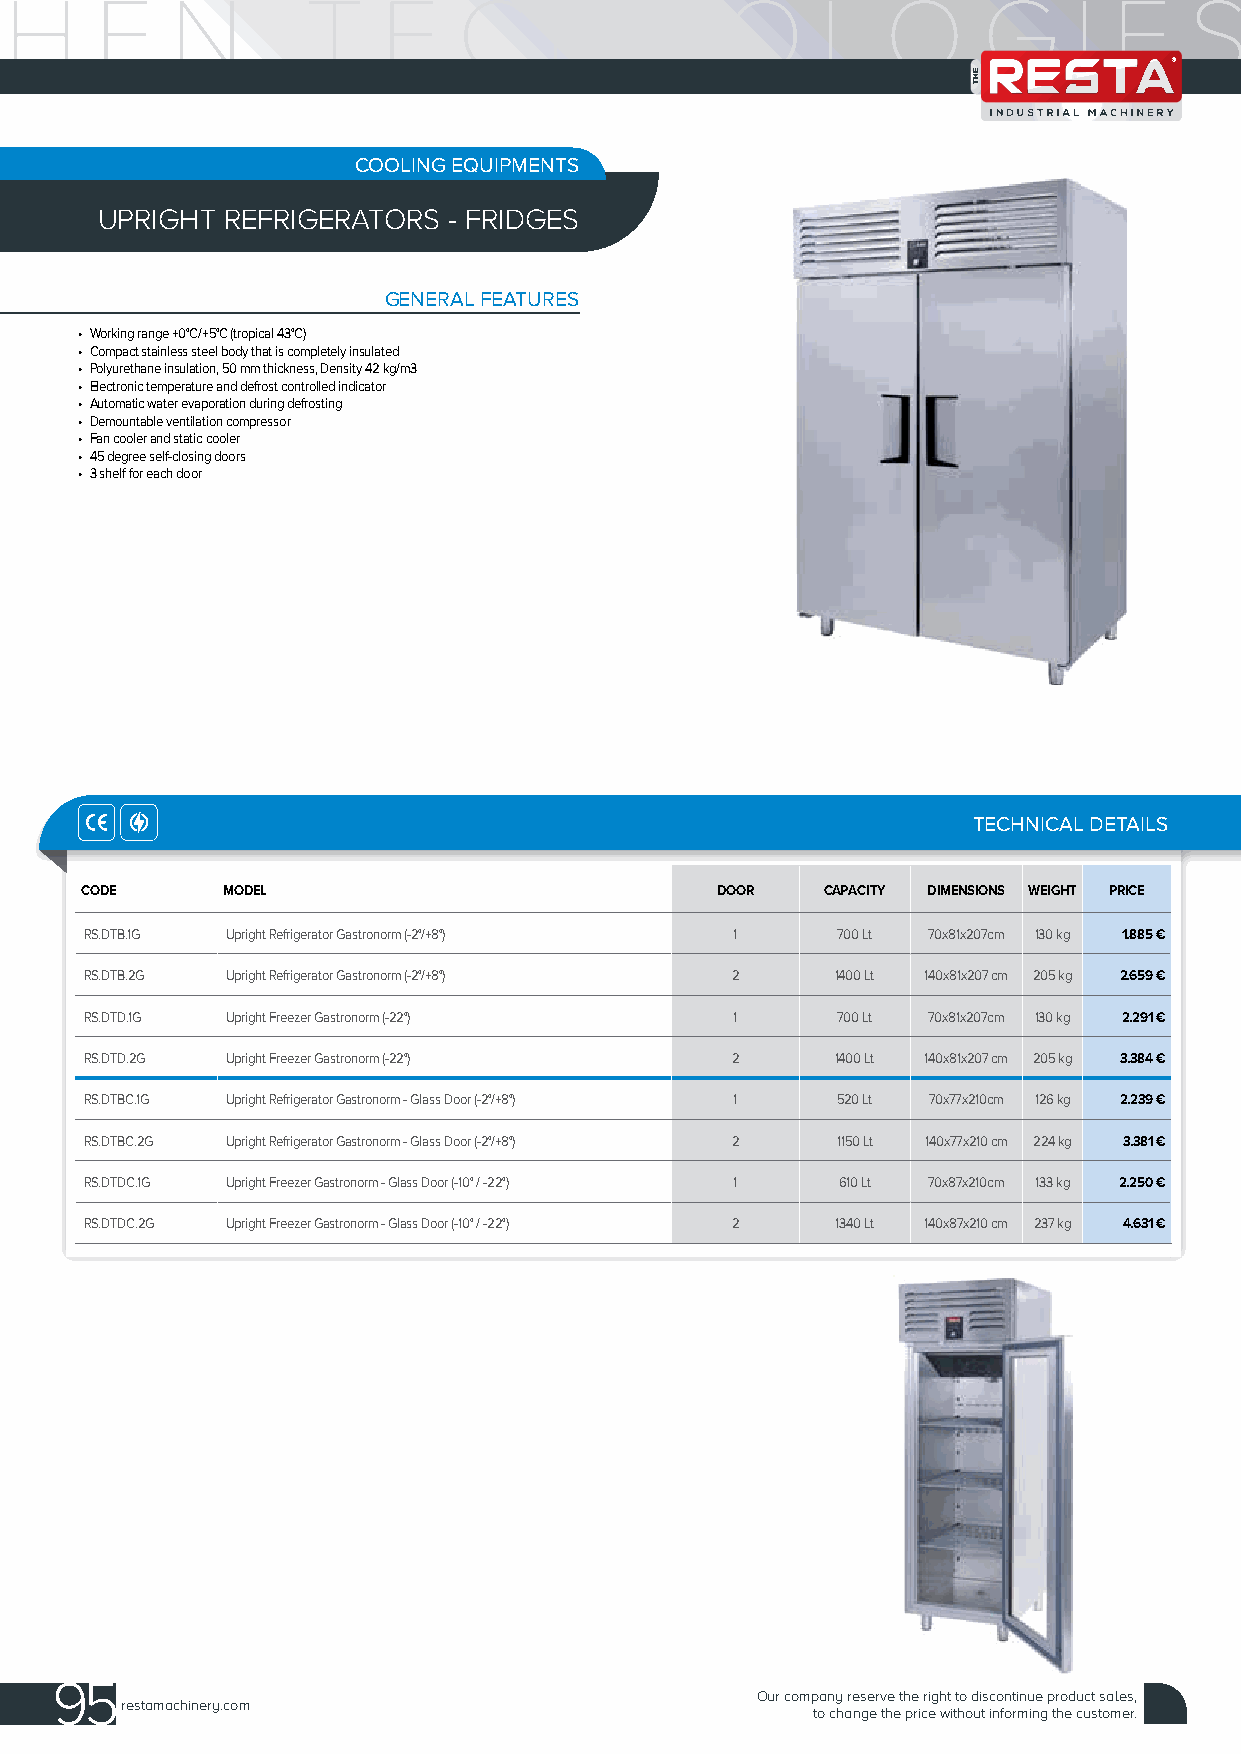
COOLING EQUIPMENTS
 UPRIGHT REFRIGERATORS  - FRIDGES
 GENERAL FEATURES
 • Working range +0°C/+5°C (tropical 43°C)
 • Compact stainless steel body that is completely insulated
 • Polyurethane insulation, 50 mm thickness, Density 42 kg/m3
 • Electronic temperature and defrost controlled indicator
 • Automatic water evaporation during defrosting
 • Demountable ventilation compressor
 • Fan cooler and static cooler
 • 45 degree self-closing doors
 • 3 shelf for each door
 TECHNICAL DETAILS
 CODE      MODEL                           DOOR    CAPACITY DIMENSIONS WEIGHT PRICE
 RS.DTB.1G Upright Refrigerator Gastronorm (-2°/+8°) 1 700 Lt 70x81x207cm 130 kg 1.885 €
 RS.DTB.2G Upright Refrigerator Gastronorm (-2°/+8°) 2 1400 Lt 140x81x207 cm 205 kg 2.659 €
 RS.DTD.1G Upright Freezer Gastronorm (-22°) 1    700 Lt 70x81x207cm 130 kg 2.291 €
 RS.DTD.2G Upright Freezer Gastronorm (-22°) 2    1400 Lt 140x81x207 cm 205 kg 3.384 €
 RS.DTBC.1G Upright Refrigerator Gastronorm - Glass Door (-2°/+8°) 1 520 Lt 70x77x210cm 126 kg 2.239 €
 RS.DTBC.2G Upright Refrigerator Gastronorm - Glass Door (-2°/+8°) 2 1150 Lt 140x77x210 cm 224 kg 3.381 €
 RS.DTDC.1G Upright Freezer Gastronorm - Glass Door (-10° / -22°) 1 610 Lt 70x87x210cm 133 kg 2.250 €
 RS.DTDC.2G Upright Freezer Gastronorm - Glass Door (-10° / -22°) 2 1340 Lt 140x87x210 cm 237 kg 4.631 €
 95
 Our company reserve the right to discontinue product sales,
 restamachinery.com
 to change the price without informing the customer.